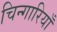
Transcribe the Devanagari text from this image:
चिन्गारियाँ